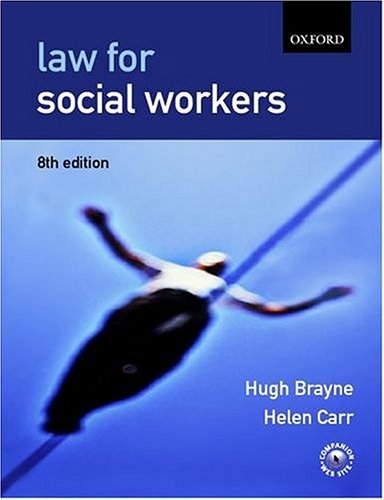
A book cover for Law for Social Workers; Hugh Brayne; Law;